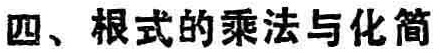
四、根式的乘法与化简